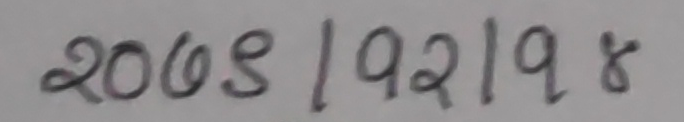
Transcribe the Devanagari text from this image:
२०७९।१२।१९ गते